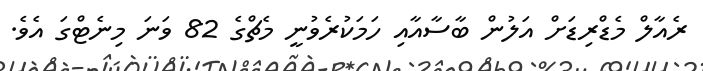
ރެއާލް މެޑްރިޑަށް އަލުން ބާސާއާއި ހަމަކުރެވުނީ މެޗްގެ 82 ވަނަ މިނެޓްގަ އެވެ.